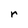
Character: r